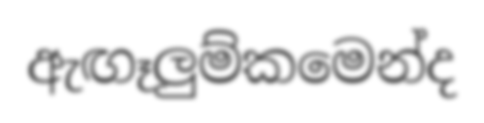
ඇඟෑලුම්කමෙන්ද